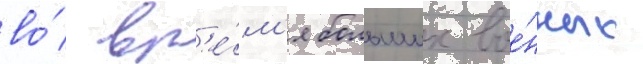
во́ вр'е́м'я больших вое́нных